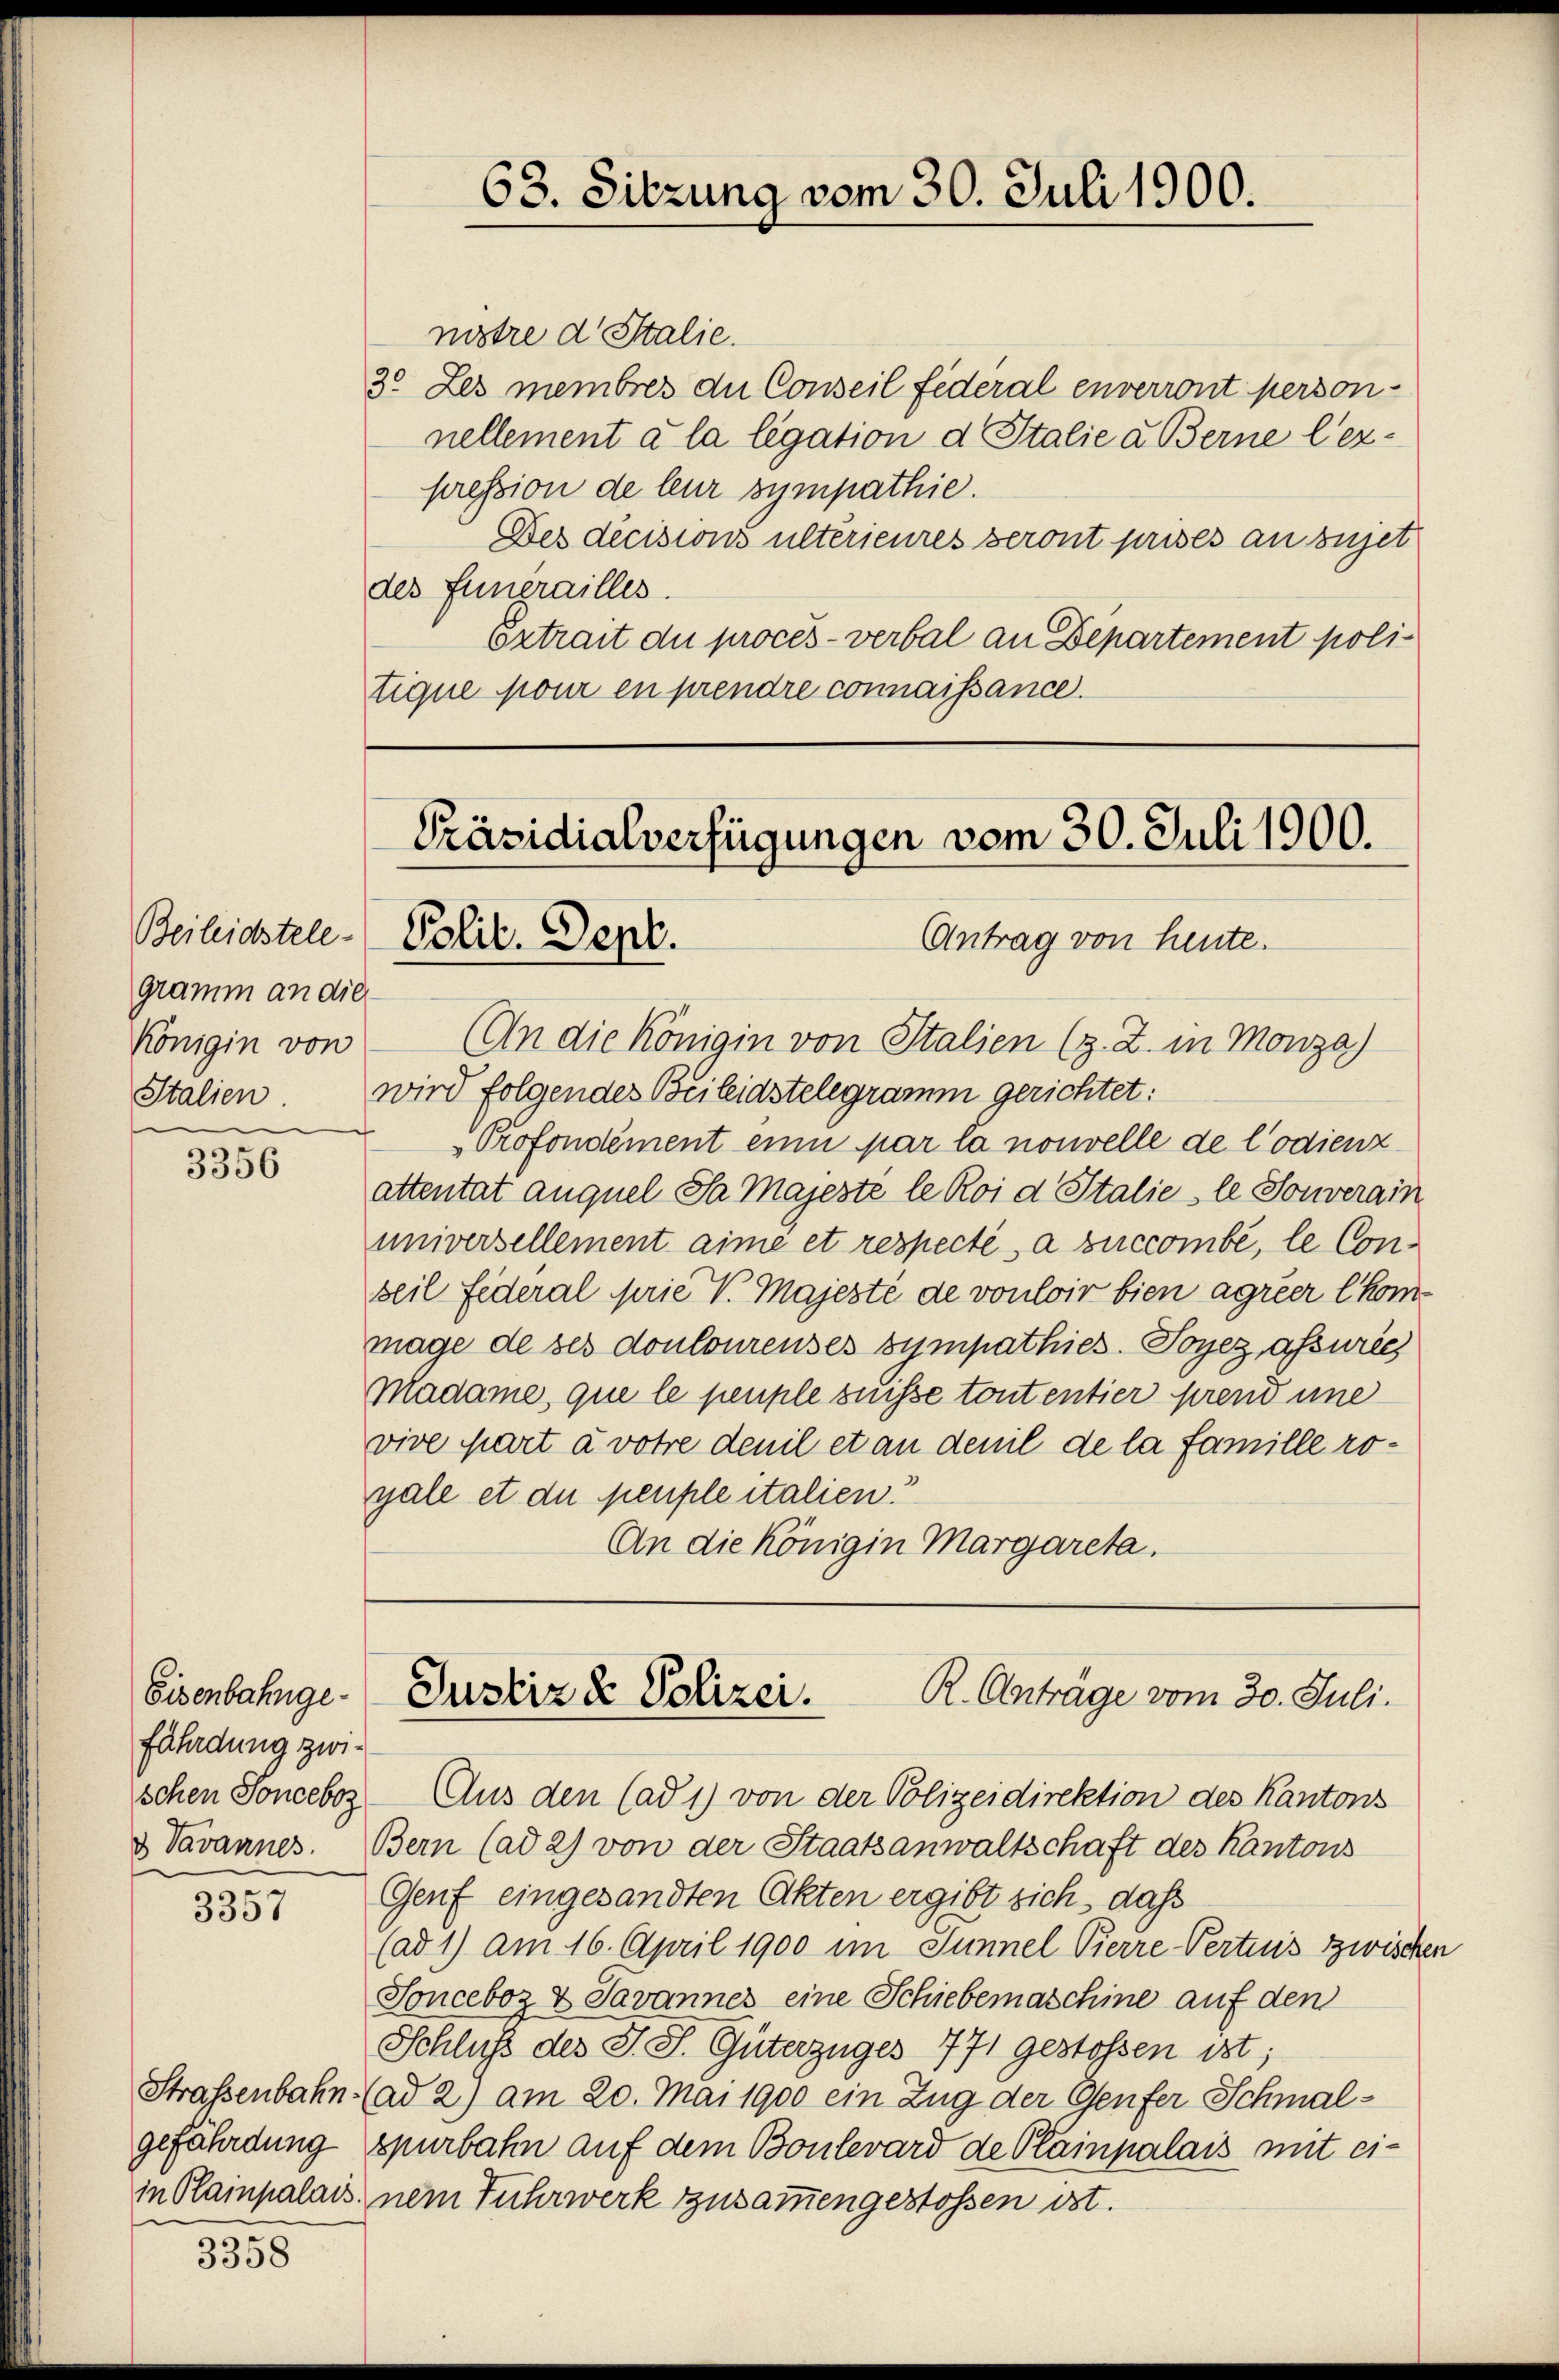
Beileidstele-
gramm an die
Königin von

3356

Eisenbahngefährdung zwischen Sonceboz

3357

3358

nistre d. Stalie
3. Les membres du Conseil fédéral enverront person-
nellement à la legation d Stalie à Berne lezpression de leur sympathie.
Des decisions ultérieures seront prises an sujet
des Funerailles.
Ertrait du procès-verbal an Departement politique pour en prendre connaissance.

(An die Königin von Italien (z. Z. in Monza)
Stalien wird folgendes Beileidstelegramm gerichtet:
Profondément eine par la nouvelle de Codienz
attentat auquel Sa Majeste le Roi d Italie le Souverain
universellement aime et respecté à succombe, le Conseil Federal prie V. Majesté de vouloir bien agréer kommage de ses dontourenses sympathies-Forez assurées
Madame, que le peuple suisse toutentier prend une
vive part a votre denil et an denil de la famille rogale et die peuple italien.
An die Königin Margareta.

63. Sitzung vom 30. Juli 1900.

Präsidialverfügungen vom 30. Juli 1900.
Polit. Dept.
AAntrag von heute.

Aus den (ad 1) von der Polizeidirektion des Kantons
& Tavannes. Bern (ad 2) von der Staatsanwaltschaft des Kantons
Genf eingesandten Akten ergibt sich, daß
(ad 1) am 16. April 1900 im Tunnel Pierre Pertnis zwischen
Sonceboz & Javannes eine Schiebemaschine auf den
Schluß des J. J. Güterzuges 771 gestossen ist;
Straßenbahn (ad 2) am 20. Mai 1900 ein Zug der Genfer Schmalgefährdung spürbahn auf dem Boulevard de Plainpalais mit eiin Plainpalais, nem Fuhrwerk zusammengestossen ist.

R. Anträge vom 30. Juli.
Justiz & Polizei.